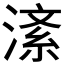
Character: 𪶸